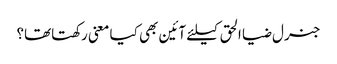
جنرل ضیا الحق کیلئے آئین بھی کیا معنی رکھتاتھا؟